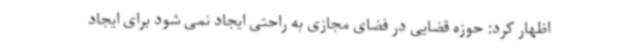
اظهار کرد: حوزه قضایی در فضای مجازی به راحتی ایجاد نمی شود برای ایجاد